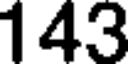
143